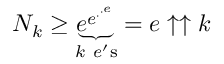
N _ { k } \geq \underbrace { e ^ { e ^ { \cdot ^ { \cdot ^ { e } } } } } _ { k \ e ^ { \prime } { \mathrm { s } } } = e \uparrow \uparrow k